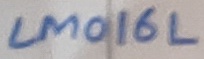
Text: LM016L